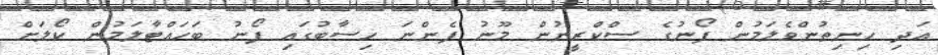
އަދި ހިނިތުންވެލަމުން ފޯނުގެ ސްކްރީނުން މޫނު ފެންނަ ހިސާބުގައި ފޯނު ބަހައްޓާލަމުން ކޯލަށް